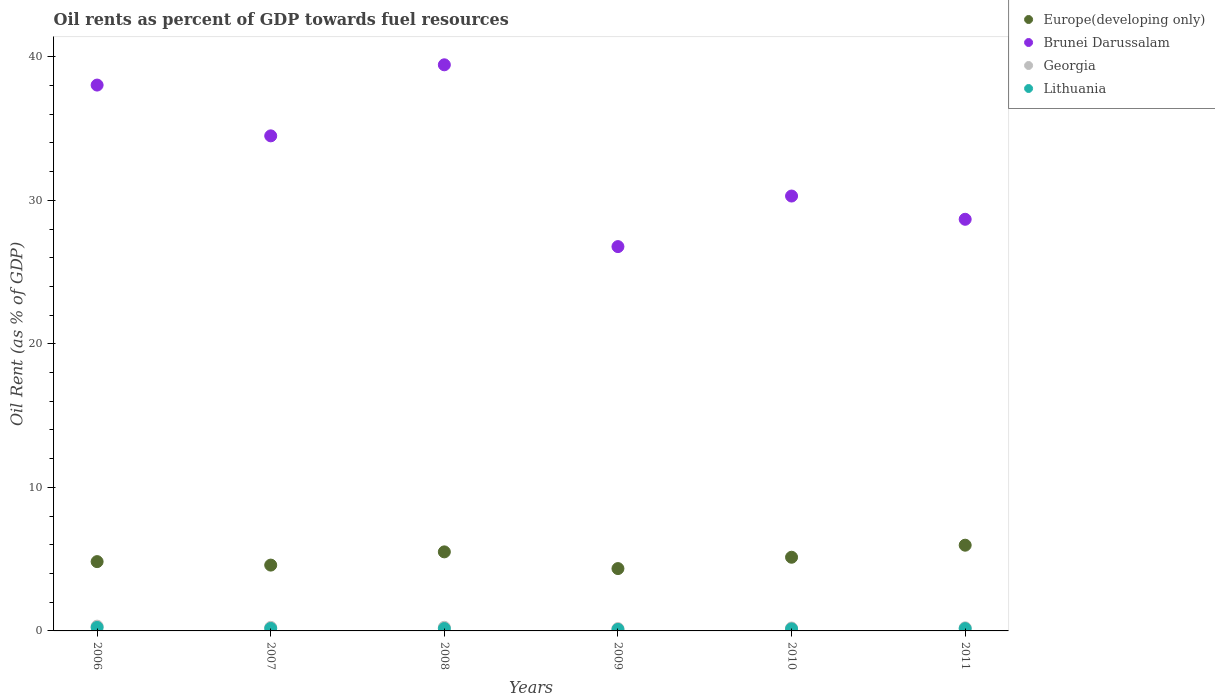
| Years | Europe(developing only) | Brunei Darussalam | Georgia | Lithuania |
 | --- | --- | --- | --- | --- |
 | 2006 | 4.83 | 38 | 0.334 | 0.242 |
 | 2007 | 4.59 | 34.5 | 0.249 | 0.172 |
 | 2008 | 5.51 | 39.4 | 0.254 | 0.164 |
 | 2009 | 4.34 | 26.8 | 0.163 | 0.106 |
 | 2010 | 5.13 | 30.3 | 0.204 | 0.142 |
 | 2011 | 5.97 | 28.7 | 0.217 | 0.161 |